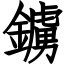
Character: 鐪